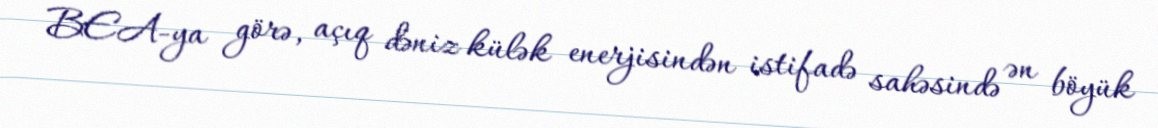
BEA-ya görə, açıq dəniz külək enerjisindən istifadə sahəsində ən böyük